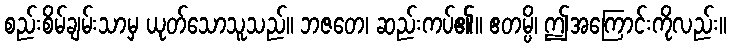
စည်းစိမ်ချမ်းသာမှ ယုတ်သောသူသည်။ ဘဇတေ၊ ဆည်းကပ်၏။ ဧတမ္ပိ၊ ဤအကြောင်းကိုလည်း။